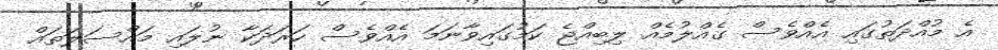
އެ މުއްދަތުގައި އެއްވެސް ގެއްލުމެއް ލިބިއްޖެ ކަމުގައިވާނަމަ އެއްވެސް ހަރަދަކާ ނުލައި މައްސަލަތައް